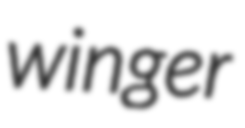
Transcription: winger